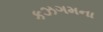
કઝગમના